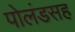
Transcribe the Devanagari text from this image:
पोलंडसह